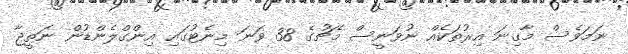
ނަމަވެސް މާގިނަ އިރުތަކެއް ނުވަނީސް މެޗުގެ 38 ވަނަ މިނެޓުގައި އިންގްލެންޑުން ނަތީޖާ